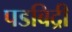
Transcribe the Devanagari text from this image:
पडबिद्री